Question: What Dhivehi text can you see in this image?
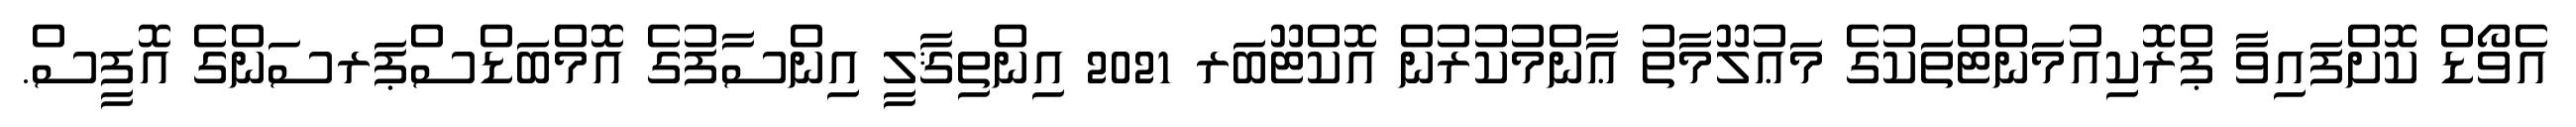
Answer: އެވޯޑް ކޮށްފައިވާ ޕްރޮކިއުމަންޓްތަކުގެ މަޢުލޫމާތު ޢާންމުކުރުން އޮކްޓޫބަރ 2021 އިންތިޤާލީ އިންސާފުގެ އޮމްބަޑްސްޕަރސަންގެ އޮފީސް.